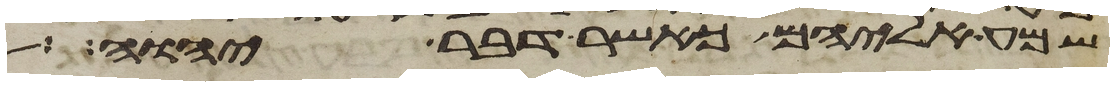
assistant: שמע אליהם כאשר דבר יהוה